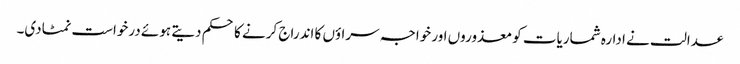
عدالت نے ادارہ شماریات کو معذوروں اور خواجہ سراؤں کا اندراج کرنے کا حکم دیتے ہوئے درخواست نمٹادی۔